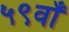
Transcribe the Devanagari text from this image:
५९वाँ